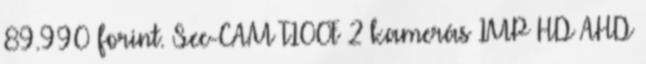
89.990 forint. Sec-CAM T100F 2 kamerás 1MP HD AHD